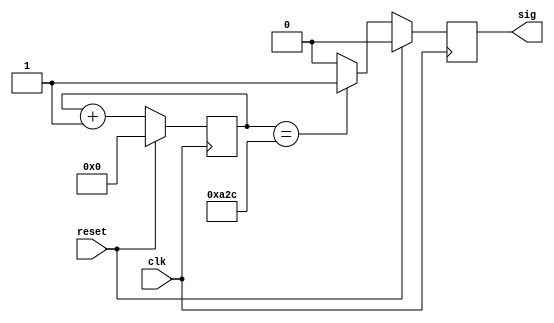
module b9600tx(clk, reset, sig);
	input clk,reset;
	output sig;
	`define m50tl 'd2604 
	reg [11:0] cnt;
	wire [11:0] cntp1;
	reg sigr;
	assign cntp1 = cnt +1;
	
	always @(posedge clk)
	begin
		if (reset)
		begin
			cnt <= 0;
			sigr <= 0;
		end
		else
		begin
			cnt <= cntp1;
			if(cnt == `m50tl)
				sigr <= 1;
			else
				sigr <= 0;
		end
	end
	
	assign sig = sigr;
endmodule